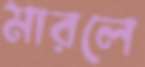
মারলে